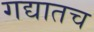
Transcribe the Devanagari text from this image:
गद्यातच